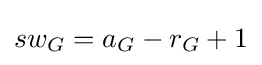
sw_{G}=a_{G}-r_{G}+1